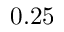
0 . 2 5